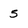
Character: 5